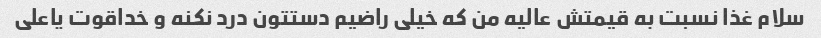
سلام غذا نسبت به قیمتش عالیه من که خیلی راضیم دستتون درد نکنه و خداقوت یاعلی